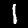
Digit: 1